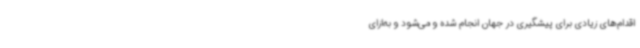
اقدام‌های زیادی برای پیشگیری در جهان انجام شده و می‌شود و به‌ازای